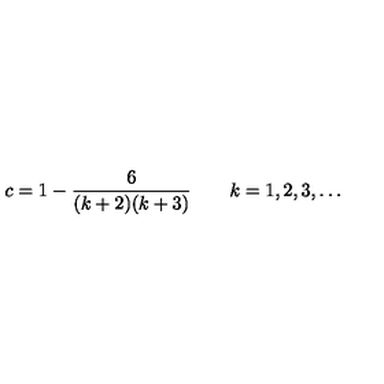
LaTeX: c = 1 - \frac { 6 } { ( k + 2 ) ( k + 3 ) } \qquad k = 1 , 2 , 3 , \ldots